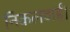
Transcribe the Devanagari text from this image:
निकलवाईं।